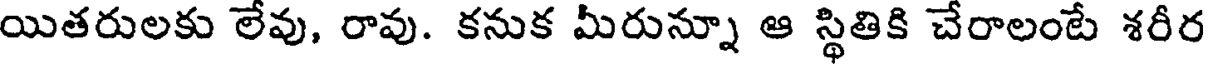
యితరులకు లేవు, రావు. కనుక మీరున్నూ ఆ స్థితికి చేరాలంటే శరీర